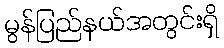
မွန်ပြည်နယ်အတွင်းရှိ